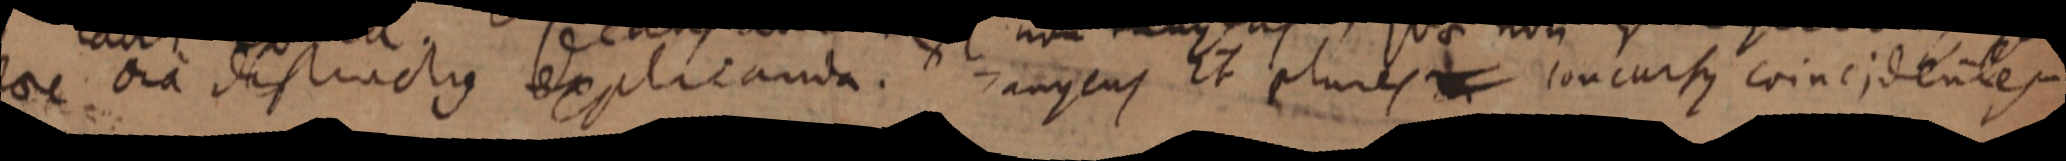
haec ora destructus explicanda. tangens Et plures concursus coincidentes